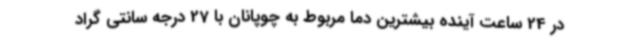
در 24 ساعت آینده بیشترین دما مربوط به چوپانان با 27 درجه سانتی گراد